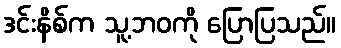
ဒင်းနိစ်က သူ့ဘဝကို ပြောပြသည်။